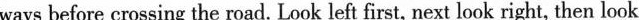
ways before crossing the road. Look left first, next look right, then look